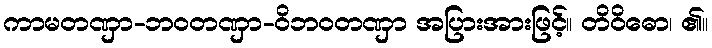
ကာမတဏှာ-ဘဝတဏှာ-ဝိဘဝတဏှာ အပြားအားဖြင့်။ တိဝိဓော၊ ၏။